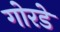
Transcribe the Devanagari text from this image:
गोरडे